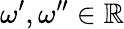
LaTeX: \omega^{\prime},\omega^{\prime\prime}\in\mathbb{R}